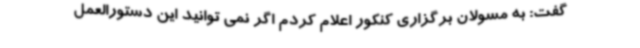
گفت: به مسولان برگزاری کنکور اعلام کردم اگر نمی توانید این دستورالعمل